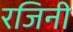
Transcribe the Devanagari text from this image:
रजिनी